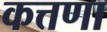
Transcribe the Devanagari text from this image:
कत्तणा